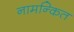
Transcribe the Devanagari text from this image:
नामन्कित